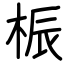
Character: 桭